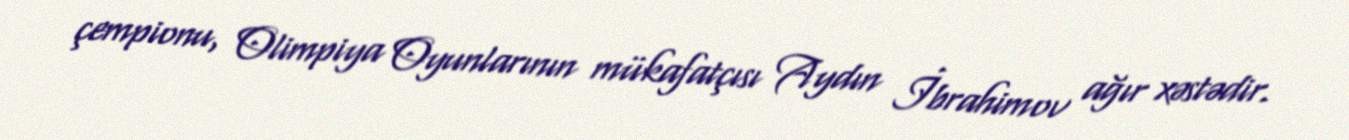
çempionu, Olimpiya Oyunlarının mükafatçısı Aydın İbrahimov ağır xəstədir.